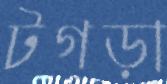
টগড়া